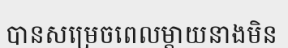
បានសម្រេចពេលម្តាយនាងមិន